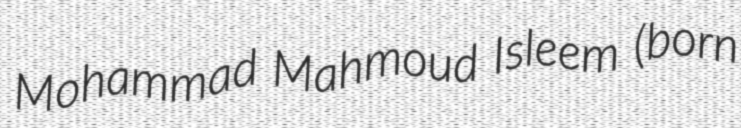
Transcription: Mohammad Mahmoud Isleem (born